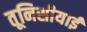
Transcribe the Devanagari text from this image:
तूनिसीयाई